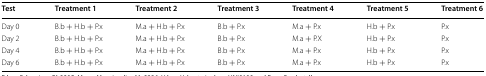
| Test | Treatment 1 | Treatment 2 | Treatment 3 | Treatment 4 | Treatment 5 | Treatment 6 |
 | --- | --- | --- | --- | --- | --- | --- |
 | Day 0 | B.b + H.b + P.x | M.a + H.b + P.x | B.b + P.x | M.a + P.x | H.b + P.x | P.x |
 | Day 2 | B.b + H.b + P.x | M.a + H.b + P.x | B.b + P.x | M.a + P.X | H.b + P.x | P.x |
 | Day 4 | B.b + H.b + P.x | M.a + H.b + P.x | B.b + P.x | M.a + P.x | H.b + P.x | P.x |
 | Day 6 | B.b + H.b + P.x | M.a + H.b + P.x | B.b + P.x | M.a + P.x | H.b + P.x | P.x |